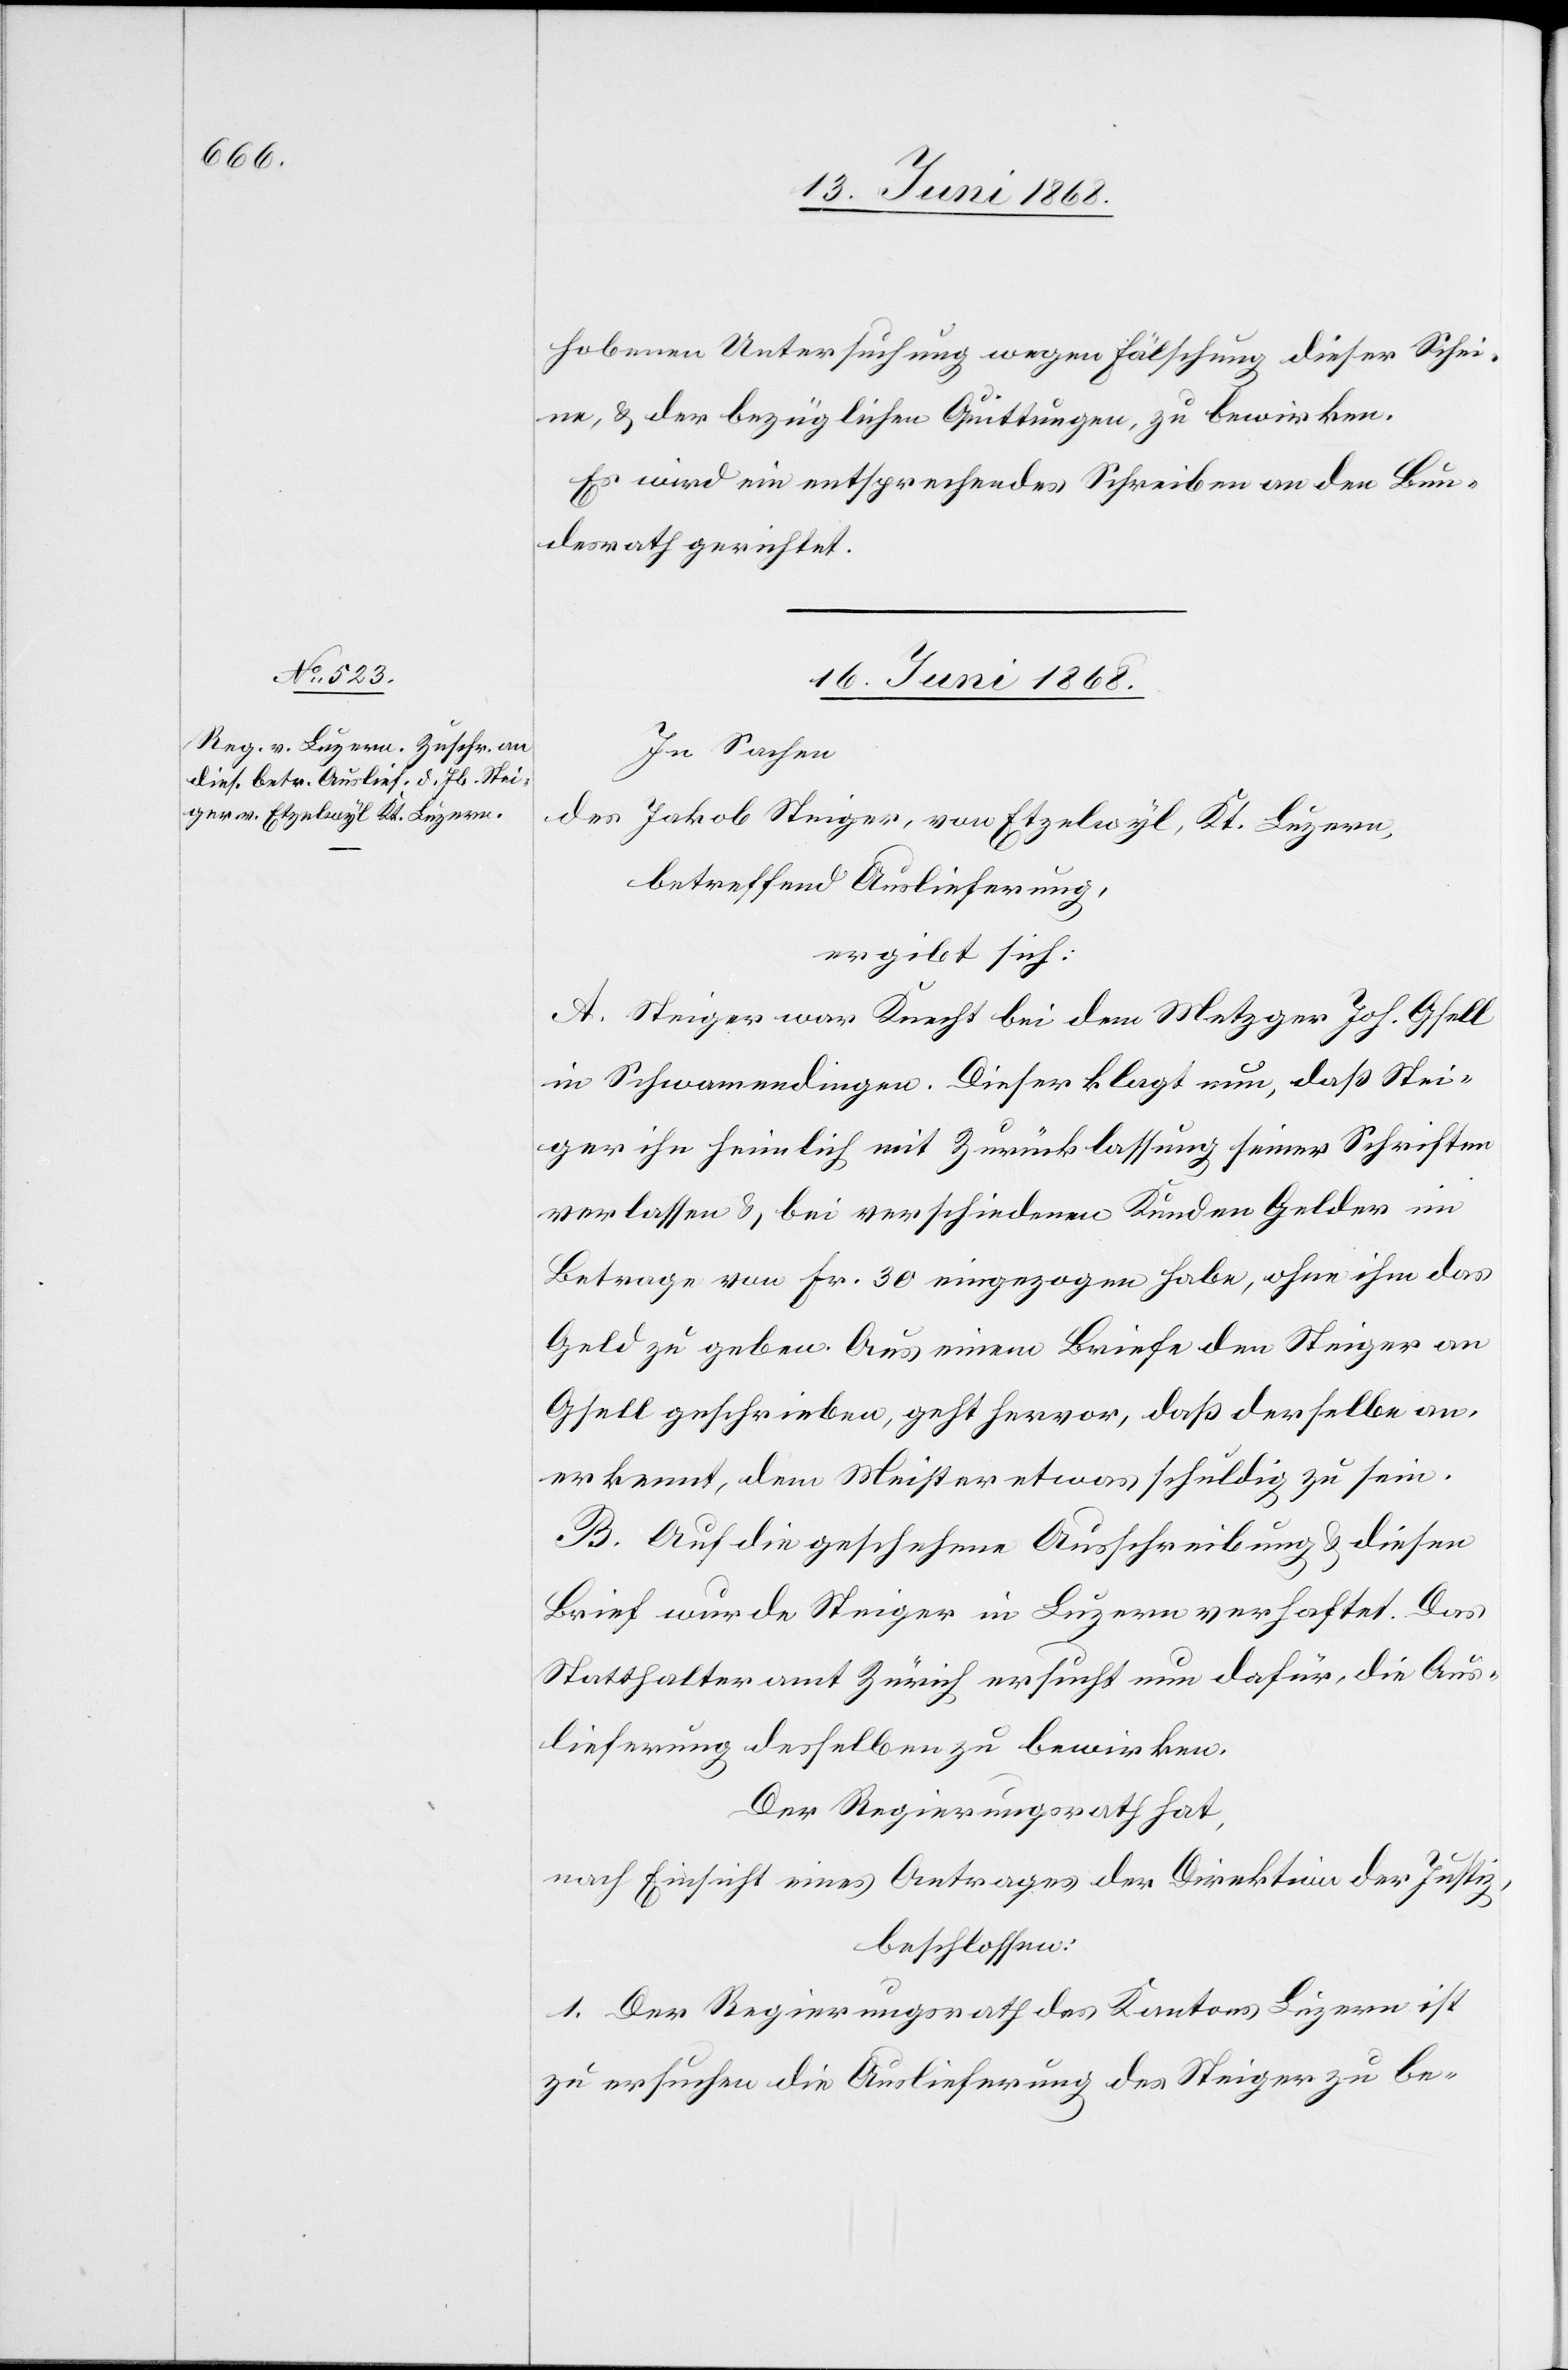
hobenen Untersuchung wegen Fälschung dieser Schei¬
ne, & der bezüglichen Quittungen, zu bewirken.
Es wird ein entsprechendes Schreiben an den Bun¬
desrath gerichtet.
16. Juni 1868.
In Sachen
des Jakob Steiger, von Etzelwyl, Kt. Luzern,
betreffend Auslieferung,
ergibt sich:
A. Steiger war Knecht bei dem Metzger Joh. Gsell
in Schwamendingen. Dieser klagt nun, daß Stei¬
ger ihn heimlich mit Zurücklassung seiner Schriften
verlassen & bei verschiedenen Kunden Gelder im
Betrage von Fr. 30 eingezogen habe, ohne ihm das
Geld zu geben. Aus einem Briefe den Steiger an
Gsell geschrieben, geht hervor, daß derselbe an¬
erkennt, dem Meister etwas schuldig zu sein.
B. Auf die geschehene Ausschreibung & diesen
Brief wurde Steiger in Luzern verhaftet. Das
Statthalteramt Zürich ersucht nun dafür, die Aus¬
lieferung desselben zu bewirken.
Der Regierungsrath hat,
nach Einsicht eines Antrages der Direktion der Justiz,
beschlossen:
1. Der Regierungsrath des Kantons Luzern ist
zu ersuchen die Auslieferung des Steiger zu be-